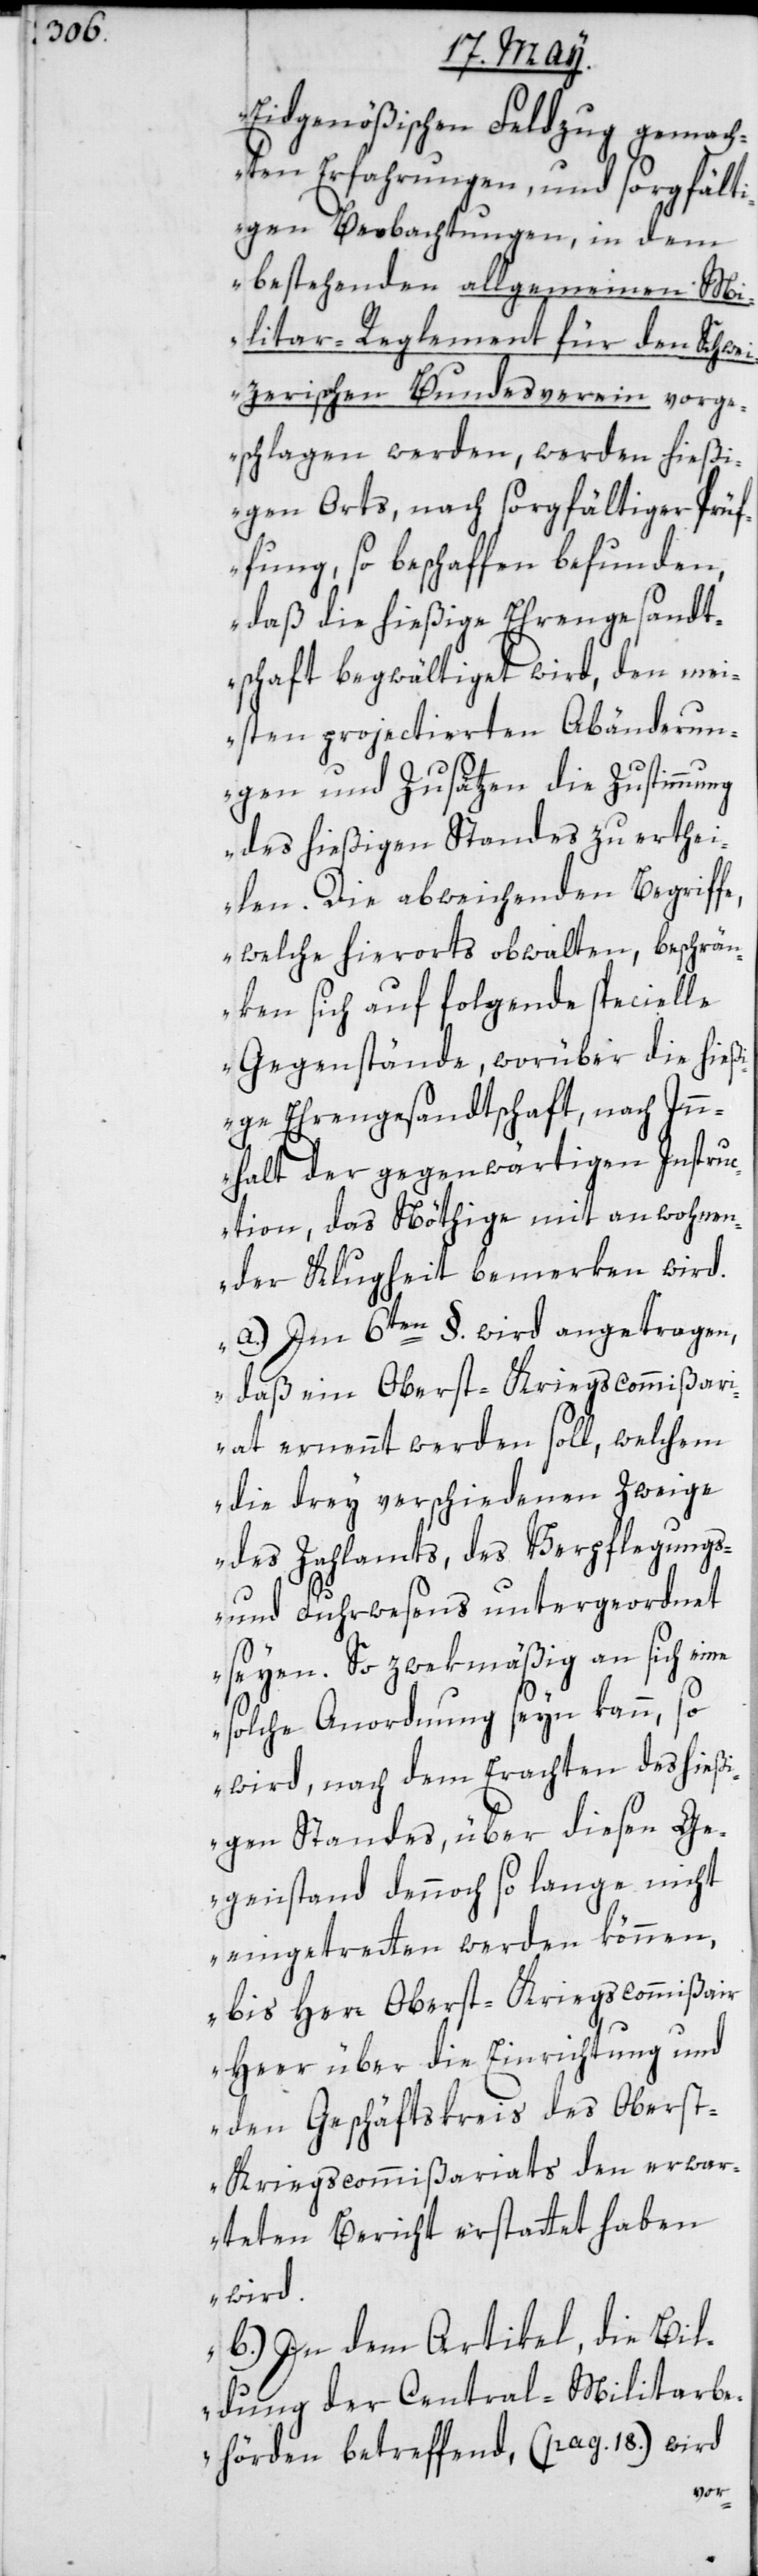
Eidgenößischen Feldzug gemach¬
ten Erfahrungen, und sorgfälti¬
gen Beobachtungen, in dem
bestehenden allgemeinen Mi¬
litar-Reglement für den Schwei¬
zerischen Bundesverein vorge¬
schlagen werden, werden hießi¬
gen Orts, nach sorgfältiger Prüf¬
fung so beschaffen befunden,
daß die hießige Ehrengesandt¬
schaft begwältiget wird, den mei¬
sten projectierten Abänderun¬
gen und Zusätzen die Zustimmung
des hießigen Standes zu erthei¬
len. Die abweichenden Begriff¬
e, welche hierorts obwalten, beschrän¬
ken sich auf folgende specielle
Gegenstände, worüber die hieß¬
ige Ehrengesandtschaft, nach In¬
nhalt der gegenwärtigen Instru¬
ction, das Nöthige mit anwohnen¬
der Klugheit bemerken wird.
a.) Im 6ten §. wird angetragen,
daß ein Oberst-Kriegscommißari¬
at ernennt werden soll, welchem
die drey verschiedenen Zweige
des Zahlamts, des Verpflegungs-
und Fuhrwesens untergeordnet
seyen. So zwekmäßig an sich eine
solche Anordnung seyn kann, so
wird, nach dem Erachten des hießi¬
gen Standes, über diesen Ge¬
genstand dennoch so lange nicht
eingettreten werden können,
bis Herr Oberst-Kriegscommißair
Heer über die Einrichtung und
t-Kriegscommißariats den erwar¬
teten Bericht erstattet haben
wird.
b.) In dem Artikel, die Bil¬
dung der Central-Militarbe¬
hörden betreffend, (pag. 18) wird
Obers¬